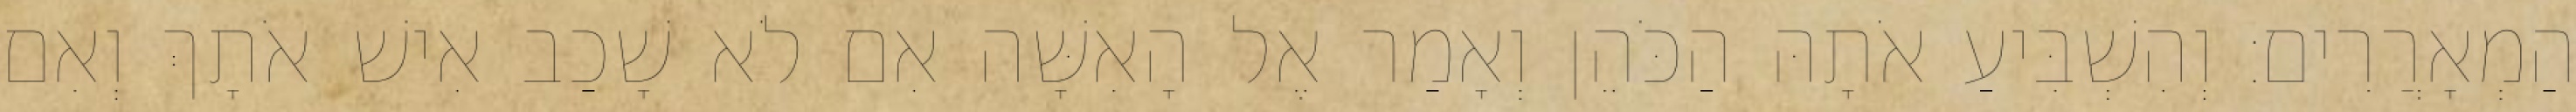
הַמְאָרֲרִים׃ וְהִשְׁבִּיעַ אֹתָהּ הַכֹּהֵן וְאָמַר אֶל הָאִשָּׁה אִם לֹא שָׁכַב אִישׁ אֹתָךְ וְאִם